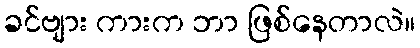
ခင်ဗျား ကားက ဘာ ဖြစ်နေတာလဲ။